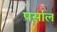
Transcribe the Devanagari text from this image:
पर्साल